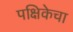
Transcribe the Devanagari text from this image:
पक्षिकेचा